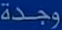
وجدة